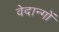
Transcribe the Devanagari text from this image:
वेदान्गों